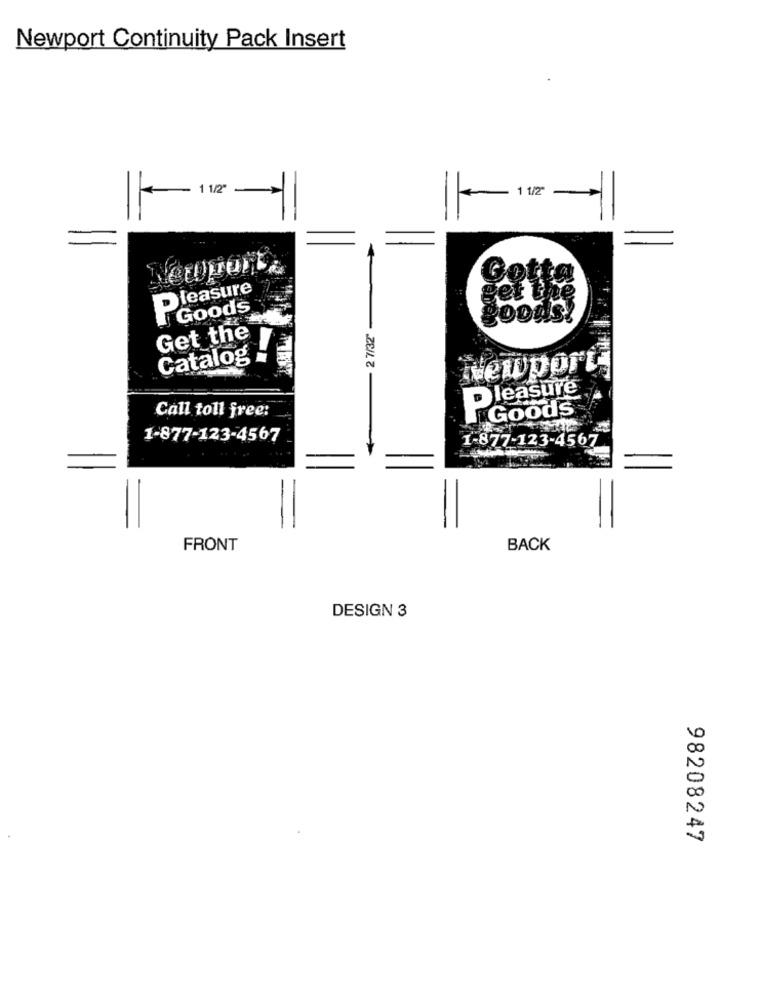
Newport Continuity Pack Insert
12ª
1 1/2"
Ner
Gotta
PGoods
goods!
- 2 7/32"
Get the
Catalog
Newport
Pleasure
Goods
Call toll free:
1-877-123-4567
1-877-123-4567
FRONT
BACK
DESIGN 3
98208247